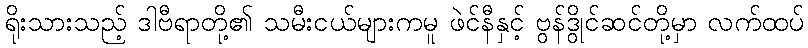
ရိုးသားသည့် ဒါဗီရာတို့၏ သမီးငယ်များကမူ ဖဲင်နီနှင့် ဗွန်ဒွိုင်ဆင်တို့မှာ လက်ထပ်